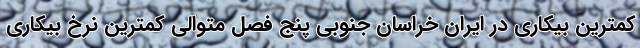
کمترین بیکاری در ایران خراسان جنوبی پنج فصل متوالی کمترین نرخ بیکاری